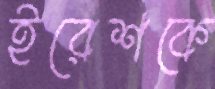
ইরেশকে